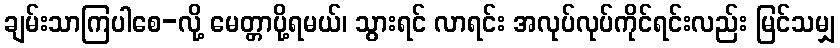
ချမ်းသာကြပါစေ-လို့ မေတ္တာပို့ရမယ်၊ သွားရင် လာရင်း အလုပ်လုပ်ကိုင်ရင်းလည်း မြင်သမျှ